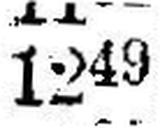
1249